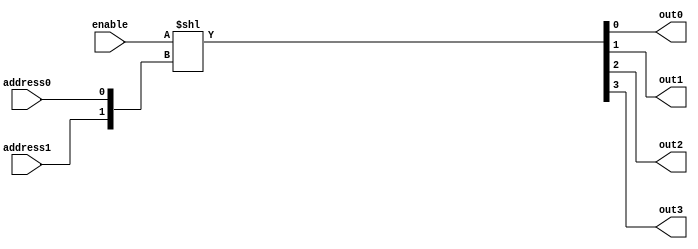
// Decoder circuit

module behavioralDecoder
(
    output out0, out1, out2, out3,
    input address0, address1,
    input enable
);
    // Uses concatenation and shift operators
    assign {out3,out2,out1,out0}=enable<<{address1,address0};
endmodule


module structuralDecoder
(
    output out0, out1, out2, out3,
    input address0, address1,
    input enable
);
    // Your decoder code here
    wire naddress0;
    wire naddress1;
    nand #50 inv0(naddress0,address0,address0); // Takes address 0 as input and outputs inverted signal naddress0
    nand #50 inv1(naddress1,address1,address1); 

    and #50 and0(out0, naddress0, naddress1, enable); // And gate of inverted input signals to output out0
    and #50 and1(out1, address0, naddress1, enable);
    and #50 and2(out2, naddress0, address1, enable);
    and and3(out3, address0, address1, enable);
endmodule